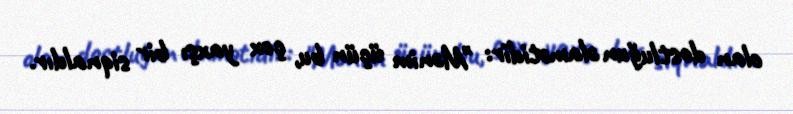
olan dostluğun əlamətidir: "Mənim üçün bu, çox yaxşı bir siqnaldır.